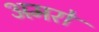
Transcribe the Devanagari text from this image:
अमरों